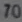
Transcribetheimage